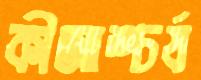
কীআশ্চর্য